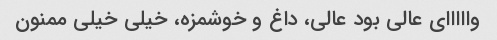
وااااای عالی بود عالی، داغ و خوشمزه، خیلی خیلی ممنون